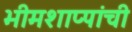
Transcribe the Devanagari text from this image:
भीमशाप्पांची